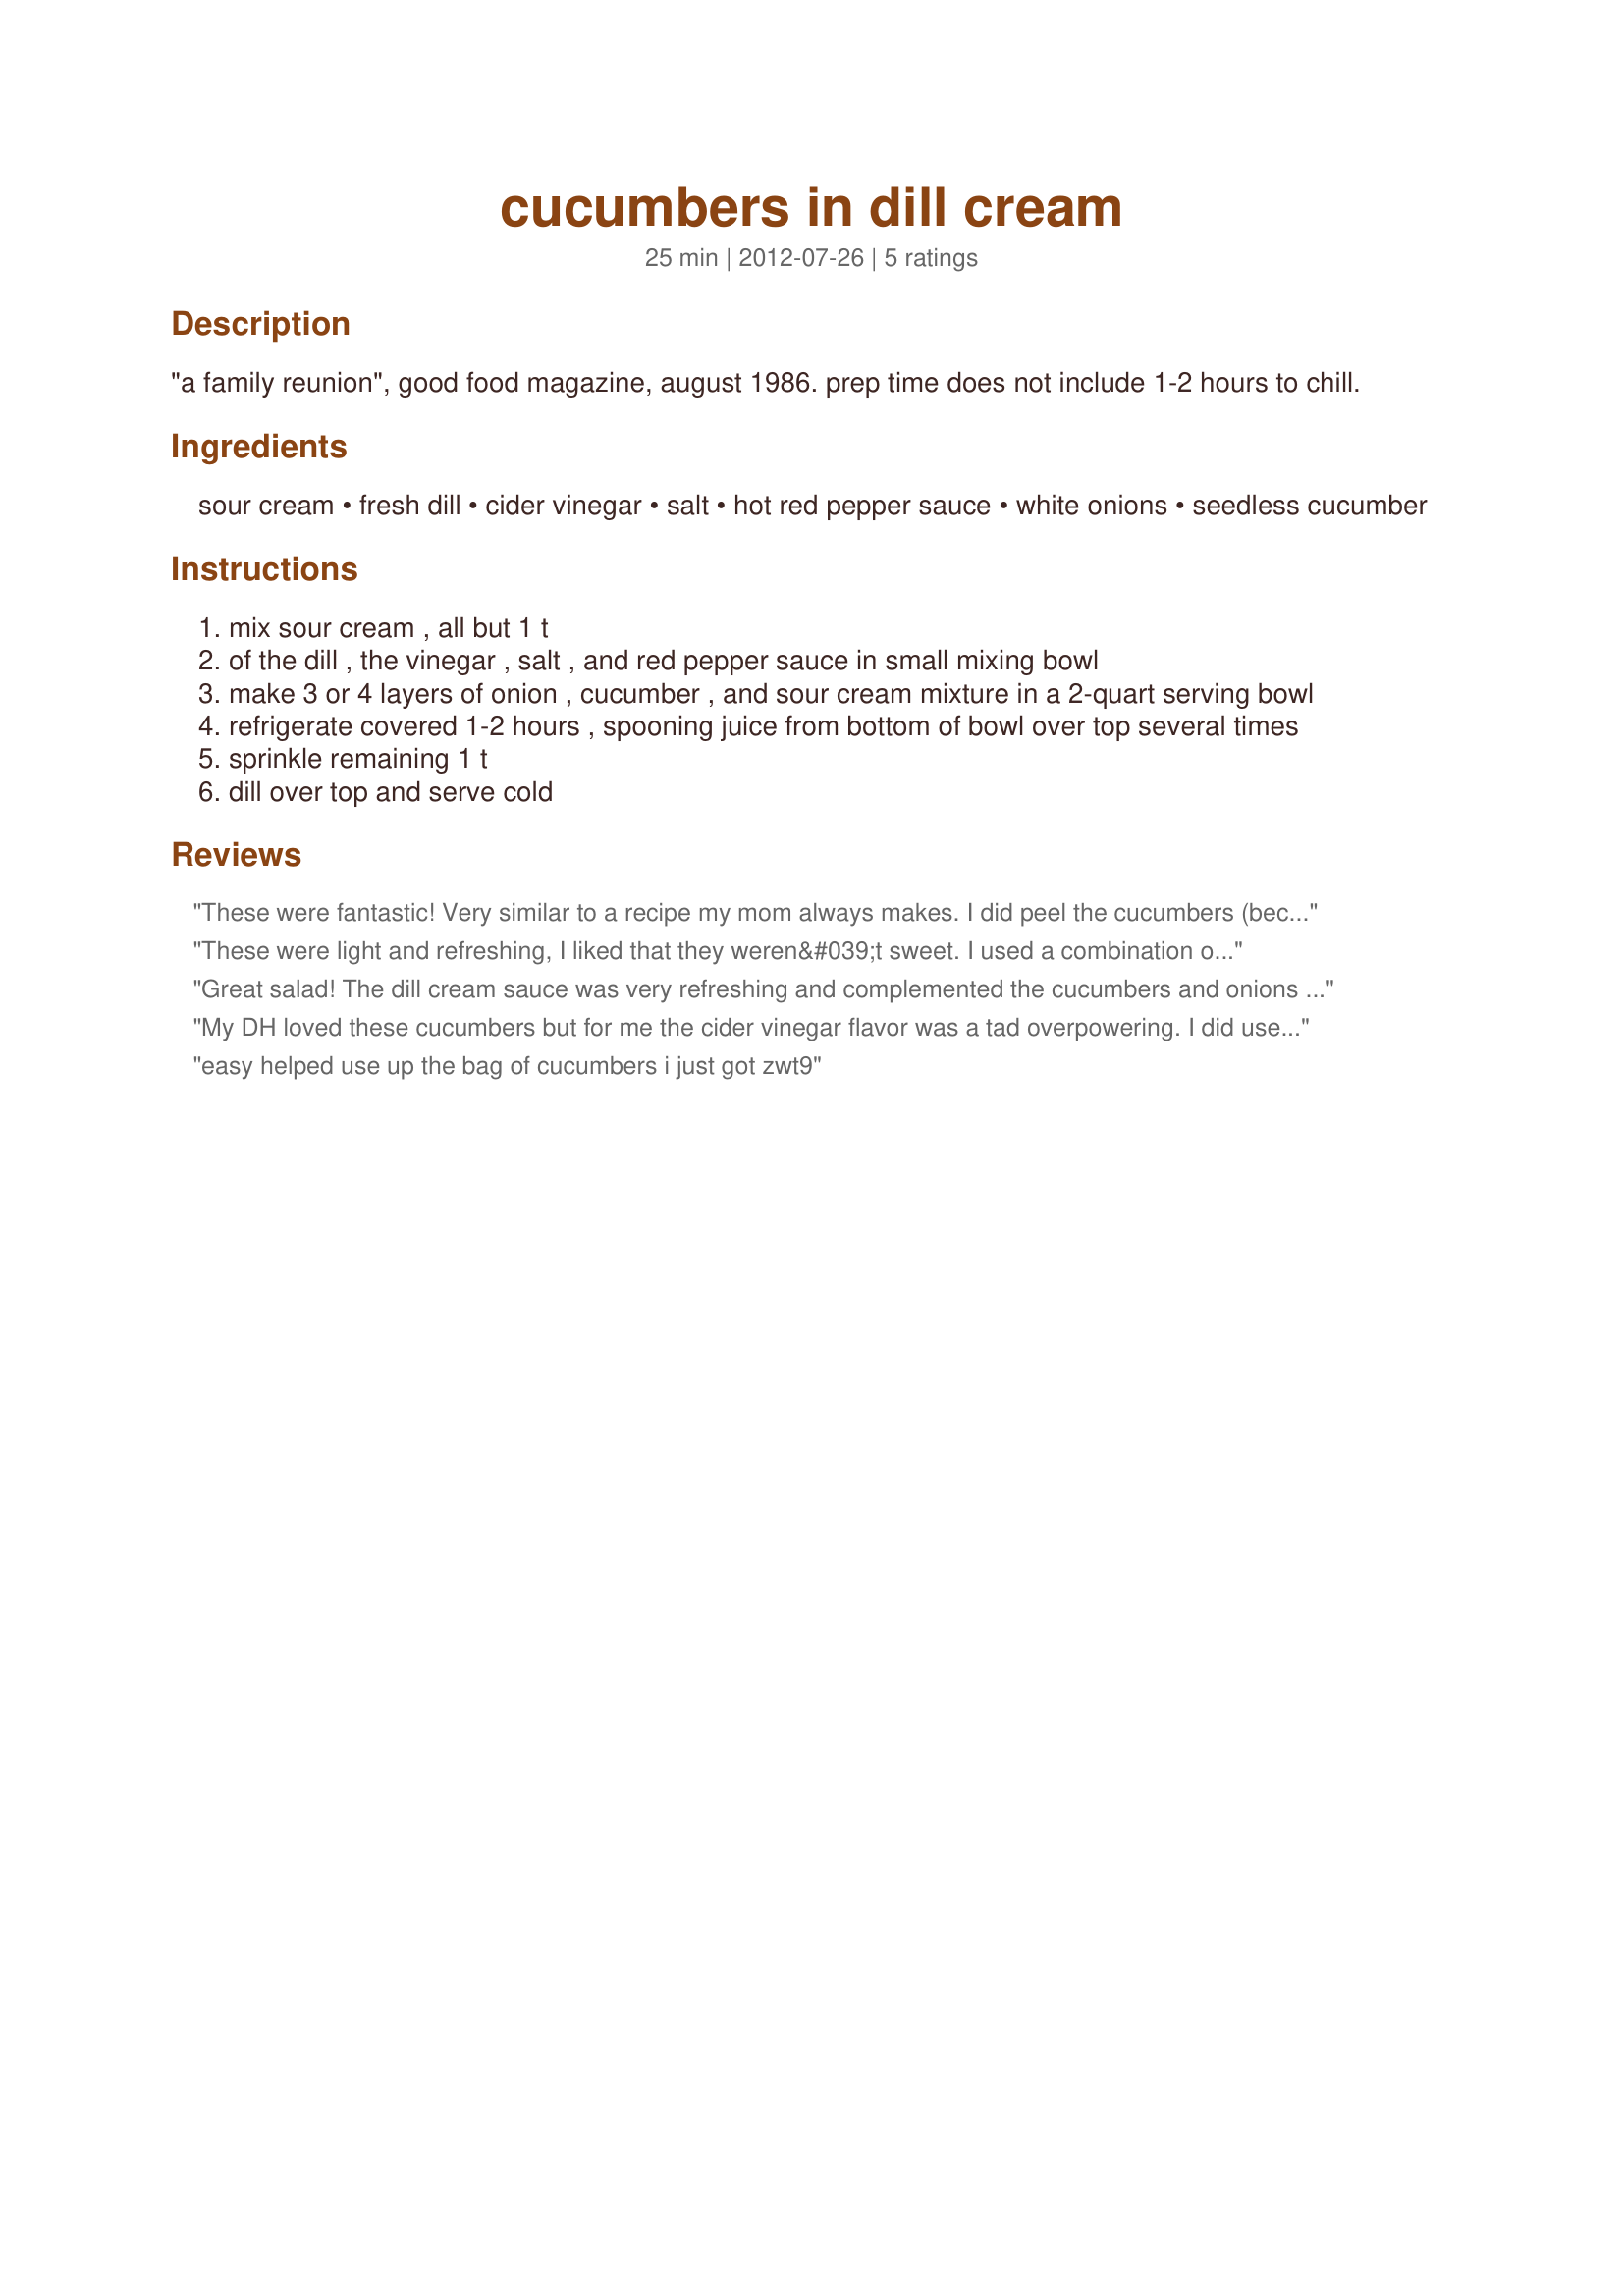
cucumbers in dill cream
Preparation time: 25 minutes

"a family reunion", good food magazine, august 1986. prep time does not include 1-2 hours to chill.

Ingredients:
sour cream, fresh dill, cider vinegar, salt, hot red pepper sauce, white onions, seedless cucumber

Steps:
mix sour cream , all but 1 t
of the dill , the vinegar , salt , and red pepper sauce in small mixing bowl
make 3 or 4 layers of onion , cucumber , and sour cream mixture in a 2-quart serving bowl
refrigerate covered 1-2 hours , spooning juice from bottom of bowl over top several times
sprinkle remaining 1 t
dill over top and serve cold

Reviews:
These were fantastic! Very similar to a recipe my mom always makes. I did peel the cucumbers (because my mom always does) and added some black pepper. I love the dill addition. The cider vinegar is the perfect amount for the amount of cucs and sour cream. Made for ZWT9 Scandinavia for the Soup-A-Stars
These were light and refreshing, I liked that they weren&#039;t sweet. I used a combination of fresh and dried dill with Persian cucumbers. Made for ZWT 9 Scandinavia by one of The Appliance Killers
Great salad! The dill cream sauce was very refreshing and complemented the cucumbers and onions well. Thanks for sharing! ZWT9
My DH loved these cucumbers but for me the cider vinegar flavor was a tad overpowering. I did use only two dashes of hot sauce and 2 medium onions with the long english cucumbers. I marinated for 2 hours and enjoyed the salad especially with the fresh dill. Thanks JackieOhNo! for sharing this simple and tasty recipe! Made and reviewed for the Please Review My Recipe Tag Game.
easy helped use up the bag of cucumbers i just got zwt9
